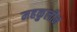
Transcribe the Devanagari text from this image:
महकुलीन